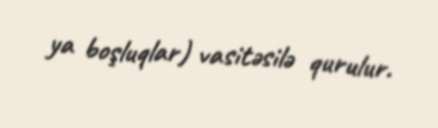
ya boşluqlar) vasitəsilə qurulur.